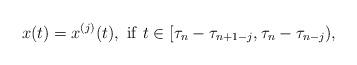
LaTeX: \begin{align*}x(t) &= x^{(j)}(t), \ \mathrm{if} \ t \in [\tau_n - \tau_{n+1-j},\tau_n - \tau_{n-j} ), \end{align*}